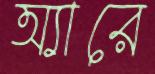
অ্যারে